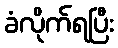
ခံလိုက်ရပြီး